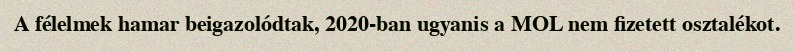
A félelmek hamar beigazolódtak, 2020-ban ugyanis a MOL nem fizetett osztalékot.